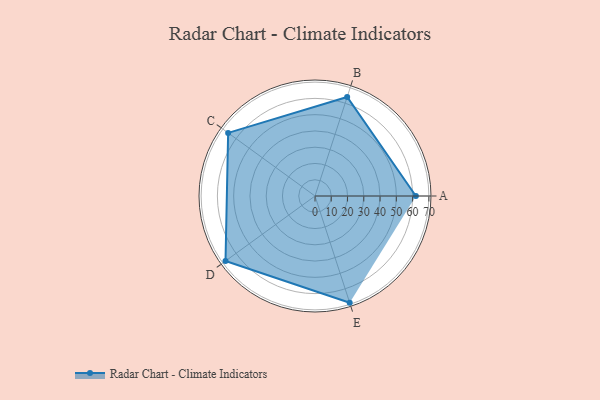
{"axis": {"x": "Skill", "y": "Score"}, "legend": ["Profile"], "data": [{"x": "A", "y": 62.0, "type": "Profile"}, {"x": "B", "y": 64.0, "type": "Profile"}, {"x": "C", "y": 66.0, "type": "Profile"}, {"x": "D", "y": 68.0, "type": "Profile"}, {"x": "E", "y": 69.0, "type": "Profile"}]}